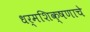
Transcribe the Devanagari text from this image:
धर्मशिक्षणाचे